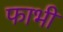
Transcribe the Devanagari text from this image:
फाभी